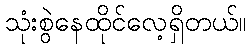
သုံးစွဲနေထိုင်လေ့ရှိတယ်။